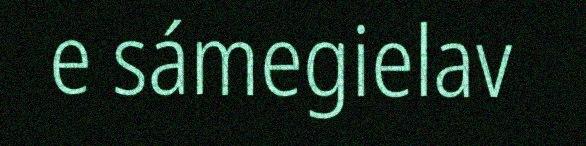
e sámegielav